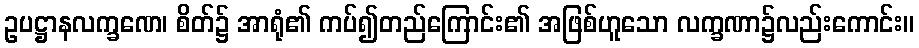
ဥပဋ္ဌာနလက္ခဏေ၊ စိတ်၌ အာရုံ၏ ကပ်၍တည်ကြောင်း၏ အဖြစ်ဟူသော လက္ခဏာ၌လည်းကောင်း။